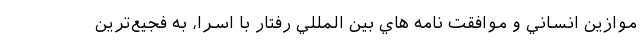
موازين انساني و موافقت نامه هاي بين المللي رفتار با اسرا، به فجيع‌ترين